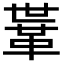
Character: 𩊈